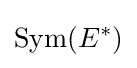
\operatorname {Sym} (E^{*})